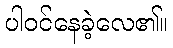
ပါဝင်နေခဲ့လေ၏။